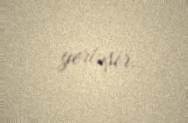
yerləşir.